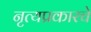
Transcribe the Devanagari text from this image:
नृत्यप्रकारचे